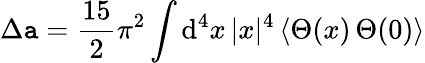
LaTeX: \Delta\mathtt{a}={\frac{{15}}{{2}}}\pi^{2}\int\mathrm{{d}}^{4}x\, |x|^{4}\, \langle\Theta(x)\, \Theta(0)\rangle